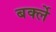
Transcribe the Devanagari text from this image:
बर्क्ले